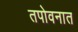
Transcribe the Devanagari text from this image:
तपोवनात